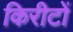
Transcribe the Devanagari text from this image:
किरीटों